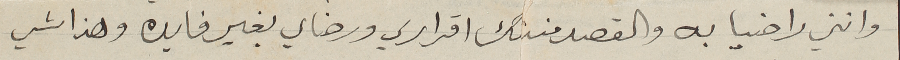
وانني راضيا به والقصد منذلك اقراري ورضاي بغير فايده وهذا شي